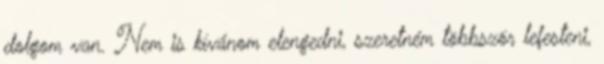
dolgom van. Nem is kívánom elengedni, szeretném többször lefesteni,